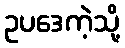
ဥပဒေကဲ့သို့